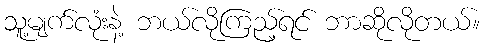
သူ့မျက်လုံးနဲ့ ဘယ်လိုကြည့်ရင် ဘာဆိုလိုတယ်။